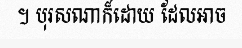
។ បុរសណាក៏ដោយ ដែលអាច